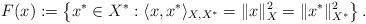
LaTeX: \begin{align*}F(x):=\left\{x^\ast\in X^\ast:\langle x,x^\ast\rangle_{X,X^\ast}=\|x\|_{X}^2=\|x^\ast\|_{X^\ast}^2\right\}.\end{align*}